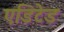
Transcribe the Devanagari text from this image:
एडिटेड